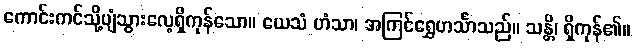
ကောင်းကင်သို့ပျံသွားလေ့ရှိကုန်သော။ ယေသံ ဟံသာ၊ အကြင်ရွှေဟင်္သာသည်။ သန္တိ၊ ရှိကုန်၏။